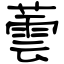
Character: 蕓